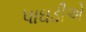
પાઘડીએ